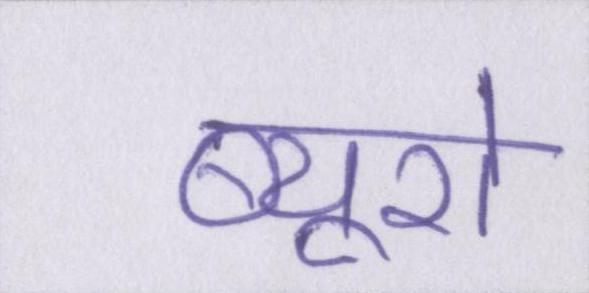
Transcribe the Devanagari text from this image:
ब्यूरो